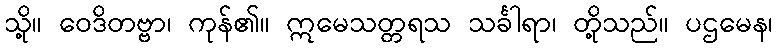
သို့။ ဝေဒိတဗ္ဗာ၊ ကုန်၏။ ဣမေသတ္တရသ သင်္ခါရာ၊ တို့သည်။ ပဌမေန၊